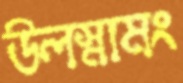
উলস্নামং